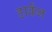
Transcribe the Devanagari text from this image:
हार्केन